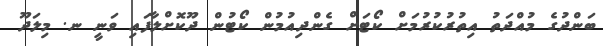
ބަންދުގެ މުއްދަތު އިތުރުކުރުމަށް ކޯޓަށް ގެންދިއުމުން ކޯޓުން ދޫކޮށްލާފައި ވަނީ ނ. މިލަދޫ